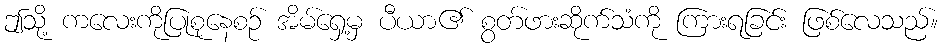
ဤသို့ ကလေးကိုပြုစုနေစဉ် အိမ်ရှေ့မှ ပီယာ၏ စွတ်ဖားဆိုက်သံကို ကြားရခြင်း ဖြစ်လေသည်။